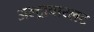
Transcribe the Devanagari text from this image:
अल्ट्रावाय्लट